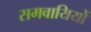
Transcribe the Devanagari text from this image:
समवायियों